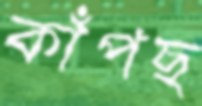
কাঁপছ